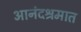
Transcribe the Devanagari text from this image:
आनंदश्रमात